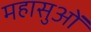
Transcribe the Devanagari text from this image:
महासुओं